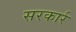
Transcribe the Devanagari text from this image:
सरकार्र